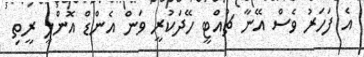
އެ ފަހަރު ވެސް އޭނާ ޗުއްޓީ ހޭދަކުރީ ވަން އެންޑް އޮންލީ ރީތި